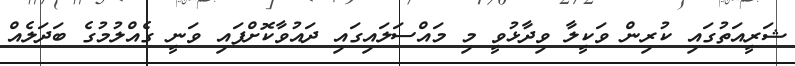
ޝަރީއަތުގައި ކުރިން ވަކީލާ ވިދާޅުވީ މި މައްސަލައިގައި ދައުވާކޮށްފައި ވަނީ ގެއްލުމުގެ ބަދަލެއް